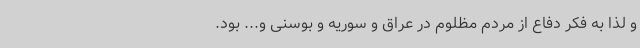
و لذا به فکر دفاع از مردم مظلوم در عراق و سوریه و بوسنی و... بود.